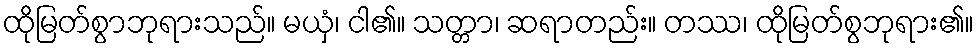
ထိုမြတ်စွာဘုရားသည်။ မယှံ၊ ငါ၏။ သတ္တာ၊ ဆရာတည်း။ တဿ၊ ထိုမြတ်စွဘုရား၏။